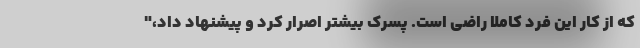
که از کار این فرد کاملا راضی است. پسرک بیشتر اصرار کرد و پیشنهاد داد،"